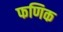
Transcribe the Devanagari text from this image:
फणिक